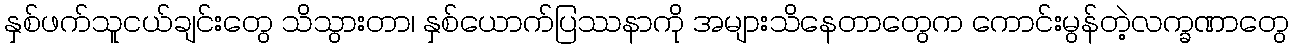
နှစ်ဖက်သူငယ်ချင်းတွေ သိသွားတာ၊ နှစ်ယောက်ပြဿနာကို အများသိနေတာတွေက ကောင်းမွန်တဲ့လက္ခဏာတွေ